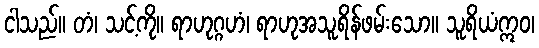
ငါသည်။ တံ၊ သင့်ကို။ ရာဟုဂ္ဂဟံ၊ ရာဟုအသူရိန်ဖမ်းသော။ သူရိယံဣဝ၊